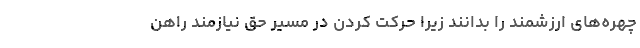
چهره‌های ارزشمند را بدانند زیرا حرکت کردن در مسیر حق نیازمند راهن